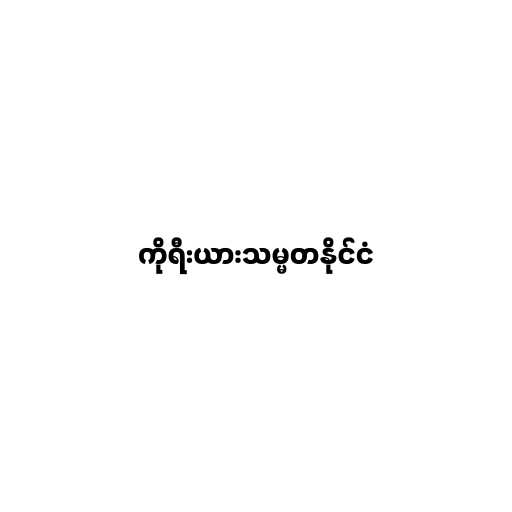
ကိုရီးယားသမ္မတနိုင်ငံ